Report of the Indian Hemp Drugs Commission, 1894-1895 - Volume IV
Year: 1894
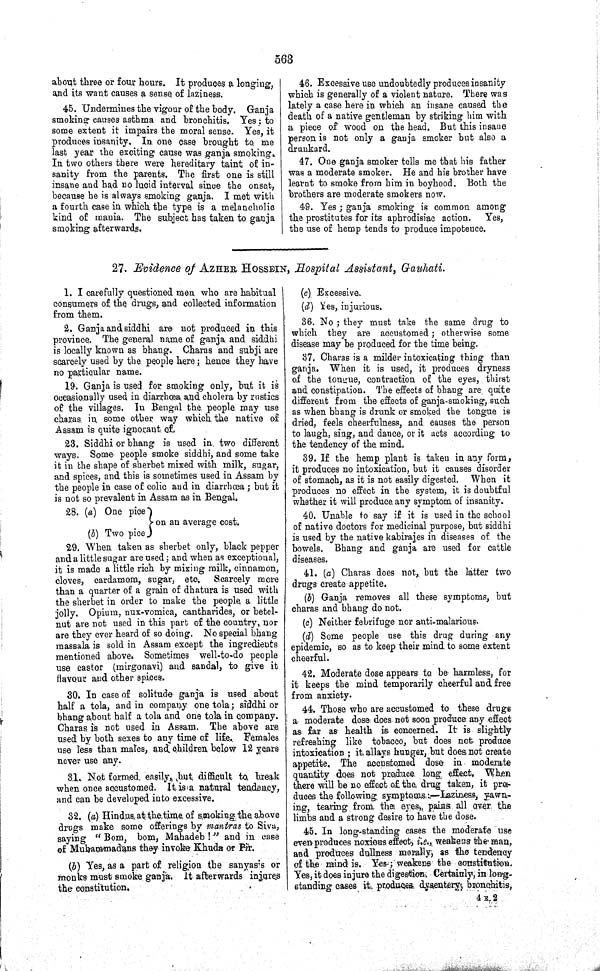
563
about three or four hours. It produces a longing,
and its want causes a sense of laziness.
45. Undermines the vigour of the body. Ganja
smoking causes asthma and bronchitis. Yes; to
some extent it impairs the moral sense. Yes, it
produces insanity. In one case brought to me
last year the exciting cause was ganja smoking.
In two others there were hereditary taint of in-
sanity from the parents. The first one is still
insane and had no lucid interval since the onset,
because he is always smoking ganja. I met with
a fourth case in which the type is a melancholic
kind of mania. The subject has taken to ganja
smoking afterwards.
46. Excessive use undoubtedly produces insanity
which is generally of a violent nature. There was
lately a case here in which an insane caused the
death of a native gentleman by striking him with
a piece of wood on the head. But this insane
person is not only a ganja smoker but also a
drunkard.
47. One ganja smoker tells me that his father
was a moderate smoker. He and his brother have
learnt to smoke from him in boyhood. Both the
brothers are moderate smokers now.
49. Yes; ganja smoking is common among
the prostitutes for its aphrodisiac action. Yes,
the use of hemp tends to produce impotence.
27. Evidence of AZHER HOSSEIN, Hospital Assistant, Gauhati.
1. I carefully questioned men who are habitual
consumers of the drugs, and collected information
from them.
2. Ganja and siddhi are not produced in this
province. The general name of ganja and siddhi
is locally known as bhang. Charas and subji are
scarcely used by the people here; hence they have
no particular name.
19. Ganja is used for smoking only, but it is
occasionally used in diarrhœa and cholera by rustics
of the villages. In Bengal the people may use
charas in some other way which the native of
Assam is quite ignorant of.
23. Siddhi or bhang is used in two different
ways. Some people smoke siddhi, and some take
it in the shape of sherbet mixed with milk, sugar,
and spices, and this is sometimes used in Assam by
the people in case of colic and in diarrhœa; but it
is not so prevalent in Assam as in Bengal.
28. (a) One pice
on an average cost.
(b) Two pice
29. When taken as sherbet only, black pepper
and a little sugar are used; and when as exceptional,
it is made a little rich by mixing milk, cinnamon,
cloves, cardamom, sugar, etc. Scarcely more
than a quarter of a grain of dhatura is used with
the sherbet in order to make the people a little
jolly. Opium, nux-vomica, cantharides, or betel-
nut are not used in this part of the country, nor
are they ever heard of so doing. No special bhang
massala is sold in Assam except the ingredients
mentioned above. Sometimes well-to-do people
use castor (mirgonavi) and sandal, to give it
flavour and other spices.
30. In case of solitude ganja is used about
half a tola, and in company one tola; siddhi or
bhang about half a tola and one tola in
company.
Charas is not used in Assam. The above are
used by both sexes to any time of life. Females
use less than males, and children below 12 years
never use any.
31. Not formed easily, but difficult to break
when once accustomed. It is a natural tendency,
and can be developed into excessive.
32. (a) Hindus at the time of smoking the above
drugs make some offerings by mantras to Siva,
saying "Bom, bom, Mahadeb !" and in case
of Muhammadans they invoke Khuda or Pir.
(b) Yes, as a part of religion the sanyasis or
monks must smoke ganja. It afterwards injures
the constitution.
(c) Excessive.
(d) Yes, injurious.
36. No; they must take the same drug to
which they are accustomed; otherwise some
disease may be produced for the time being.
37. Charas is a milder intoxicating thing than
ganja. When it is used, it produces dryness
of the tongue, contraction of the eyes, thirst
and constipation. The effects of bhang are quite
different from the effects of ganja-smoking, such
as when bhang is drunk or smoked the tongue is
dried, feels cheerfulness, and causes the person
to laugh, sing, and dance, or it acts according to
the tendency of the mind.
39. If the hemp plant is taken in any form,
it produces no intoxication, but it causes disorder
of stomach, as it is not easily digested. When it
produces no effect in the system, it is doubtful
whether it will produce any symptom of insanity.
40. Unable to say if it is used in the school
of native doctors for medicinal purpose, but siddhi
is used by the native kabirajes in diseases of the
bowels. Bhang and ganja are used for cattle
diseases.
41. (a) Charas does not, but the latter two
drugs create appetite.
(b) Ganja removes all these symptoms, but
charas and bhang do not.
(c) Neither febrifuge nor anti-malarious.
(d) Some people use this drug during any
epidemic, so as to keep their mind to some extent
cheerful.
42. Moderate dose appears to be harmless, for
it keeps the mind temporarily cheerful and free
from anxiety.
44. Those who are accustomed to these drugs
a moderate dose does not soon produce any effect
as far as health is concerned. It is slightly
refreshing like tobacco, but does not produce
intoxication; it allays hunger, but does not create
appetite. The accustomed dose in moderate
quantity does not produce long effect. When
there will be no effect of the drug taken, it pro-
duces the following symptoms:—Laziness, yawn-
ing, tearing from the eyes, pains all over the
limbs and a strong desire to have the dose.
45. In long-standing cases the moderate use
even produces noxious effect, i.e., weakens the man,
and produces dullness morally, as the tendency
of the mind is. Yes; weakens the constitution.
Yes, it does injure the digestion. Certainly, in long-
standing cases it produces dysentery, bronchitis,
4 E 2